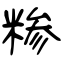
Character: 糁